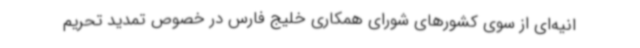
انیه‌ای از سوی کشورهای شورای همکاری خلیج فارس در خصوص تمدید تحریم